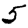
Digit: 5